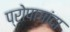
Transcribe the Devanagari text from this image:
प्रोपागांदा